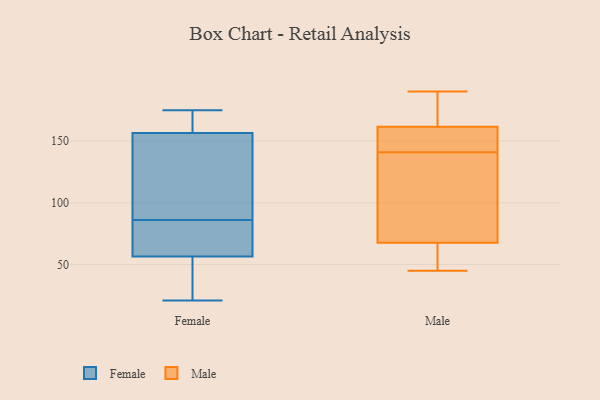
{"axis": {"x": "Website Visitors", "y": "Value"}, "legend": ["Female", "Male"], "data": [{"x": "", "y": 170, "type": "Female"}, {"x": "", "y": 161, "type": "Female"}, {"x": "", "y": 58, "type": "Female"}, {"x": "", "y": 56, "type": "Female"}, {"x": "", "y": 155, "type": "Female"}, {"x": "", "y": 93, "type": "Female"}, {"x": "", "y": 157, "type": "Female"}, {"x": "", "y": 39, "type": "Female"}, {"x": "", "y": 86, "type": "Female"}, {"x": "", "y": 175, "type": "Female"}, {"x": "", "y": 33, "type": "Female"}, {"x": "", "y": 96, "type": "Female"}, {"x": "", "y": 59, "type": "Female"}, {"x": "", "y": 74, "type": "Female"}, {"x": "", "y": 21, "type": "Female"}, {"x": "", "y": 186, "type": "Male"}, {"x": "", "y": 183, "type": "Male"}, {"x": "", "y": 91, "type": "Male"}, {"x": "", "y": 139, "type": "Male"}, {"x": "", "y": 45, "type": "Male"}, {"x": "", "y": 185, "type": "Male"}, {"x": "", "y": 190, "type": "Male"}, {"x": "", "y": 60, "type": "Male"}, {"x": "", "y": 108, "type": "Male"}, {"x": "", "y": 47, "type": "Male"}, {"x": "", "y": 141, "type": "Male"}, {"x": "", "y": 57, "type": "Male"}, {"x": "", "y": 152, "type": "Male"}, {"x": "", "y": 145, "type": "Male"}, {"x": "", "y": 122, "type": "Male"}, {"x": "", "y": 146, "type": "Male"}, {"x": "", "y": 160, "type": "Male"}, {"x": "", "y": 58, "type": "Male"}, {"x": "", "y": 162, "type": "Male"}]}